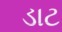
ડાટ